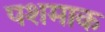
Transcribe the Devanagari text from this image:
पशमाक